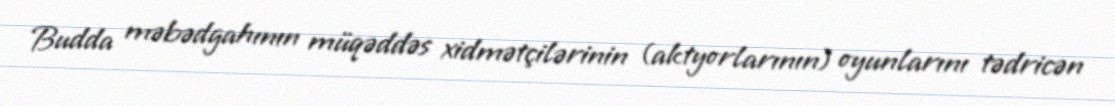
Budda məbədgahının müqəddəs xidmətçilərinin (aktyorlarının) oyunlarını tədricən